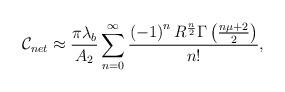
LaTeX: \begin{align*}\mathcal{C}_{net} \approx \frac{\pi\lambda_b}{A_2}\sum_{n=0}^{\infty} \frac{\left(-1\right)^{n} R^{\frac{n}{2}} \Gamma\left(\frac{n\mu+2}{2}\right)}{n!},\end{align*}